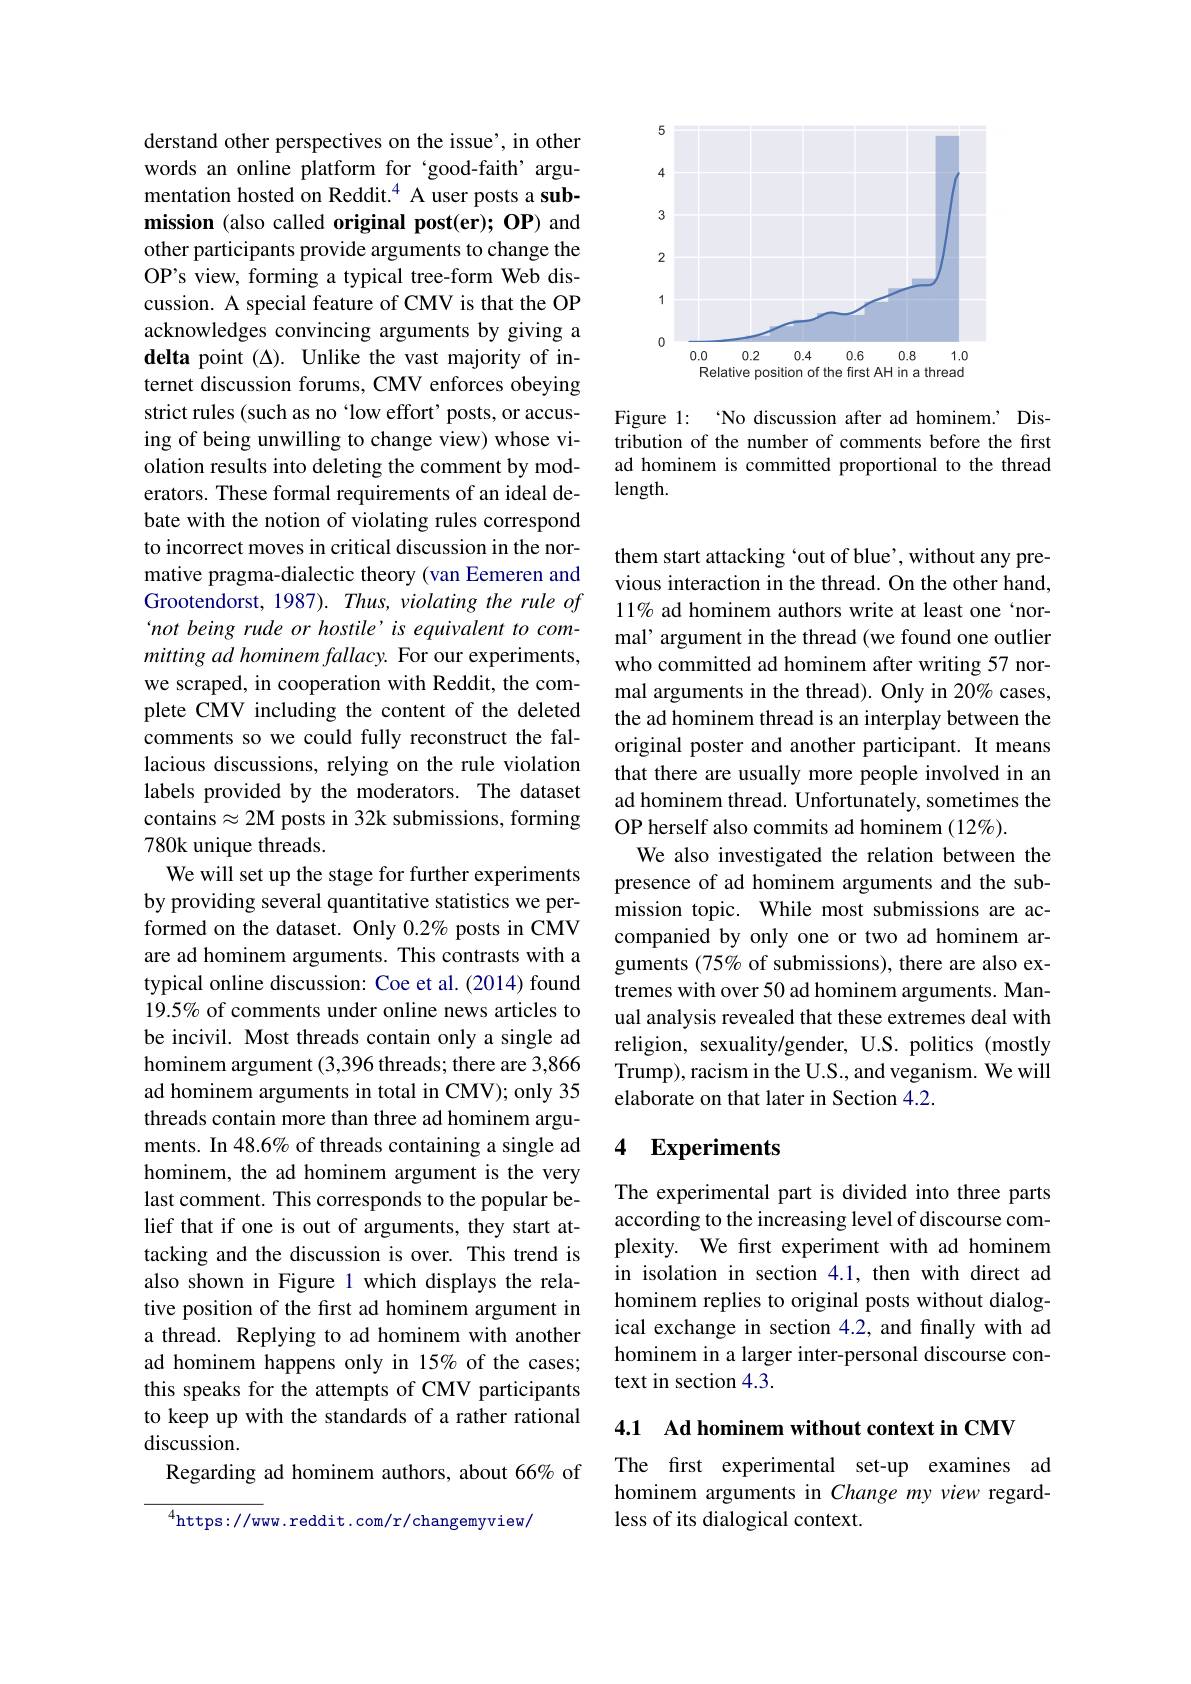
derstand other perspectives on the issue', in other words an online platform for 'good-faith’argumentation hosted on Reddit.$^{4}$ A user posts a submission (also called original post(er); OP) and other participants provide arguments to change the OP's view, forming a typical tree-form Web discussion. A special feature of CMV is that the OP acknowledges convincing arguments by giving a delta point (Δ). Unlike the vast majority of internet discussion forums, CMV enforces obeying strict rules (such as no 'low effort' posts, or accusing of being unwilling to change view) whose violation results into deleting the comment by moderators. These formal requirements of an ideal debate with the notion of violating rules correspond to incorrect moves in critical discussion in the normative pragma-dialectic theory (van Eemeren and Grootendorst, 1987). Thus, violating the rule of 'not being rude or hostile’is equivalent to committing ad hominem fallacy. For our experiments, we scraped, in cooperation with Reddit, the complete CMV including the content of the deleted comments so we could fully reconstruct the fallacious discussions, relying on the rule violation labels provided by the moderators. The dataset contains$\approx2$M posts in 32k submissions, forming 780k unique threads.
We will set up the stage for further experiments by providing several quantitative statistics we performed on the dataset. Only $0.2\%$ posts in CMV are ad hominem arguments. This contrasts with a typical online discussion: Coe et al. (2014) found 19.5% of comments under online news articles to be incivil. Most threads contain only a single ad hominem argument (3,396 threads; there are 3,866 ad hominem arguments in total in CMV); only 35 threads contain more than three ad hominem arguments. In 48.6% of threads containing a single ad hominem, the ad hominem argument is the very last comment. This corresponds to the popular belief that if one is out of arguments, they start attacking and the discussion is over. This trend is also shown in Figure 1 which displays the relative position of the first ad hominem argument in a thread. Replying to ad hominem with another ad hominem happens only in 15% of the cases; this speaks for the attempts of CMV participants to keep up with the standards of a rather rational discussion.
Regarding ad hominem authors, about 66% of
$^{4}$https://www.reddit.com/r/changemyview/

<FigureHere>

Figure 1: 'No discussion after ad hominem.’ Distribution of the number of comments before the first ad hominem is committed proportional to the thread length.

them start attacking `out of blue', without any previous interaction in the thread. On the other hand, 11% ad hominem authors write at least one‘normal’ argument in the thread (we found one outlier who committed ad hominem after writing 57 normal arguments in the thread). Only in 20% cases, the ad hominem thread is an interplay between the original poster and another participant. It means that there are usually more people involved in an ad hominem thread. Unfortunately, sometimes the OP herself also commits ad hominem (12%).
We also investigated the relation between the presence of ad hominem arguments and the submission topic. While most submissions are accompanied by only one or two ad hominem arguments (75% of submissions), there are also extremes with over 50 ad hominem arguments. Manual analysis revealed that these extremes deal with religion, sexuality/gender, U.S. politics (mostly Trump), racism in the U.S., and veganism. We will elaborate on that later in Section 4.2.

### 4 Experiments

The experimental part is divided into three parts according to the increasing level of discourse complexity. We frst experiment with ad hominem in isolation in section 4.1, then with direct ad hominem replies to original posts without dialogical exchange in section 4.2, and finally with ad hominem in a larger inter-personal discourse context in section 4.3.

4.1 Ad hominem without context in CMV

The first experimental set-up examines ad hominem arguments in Change my view regardless of its dialogical context.